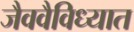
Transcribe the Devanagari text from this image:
जैववैविध्यात